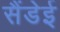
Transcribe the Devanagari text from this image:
सैंडेई